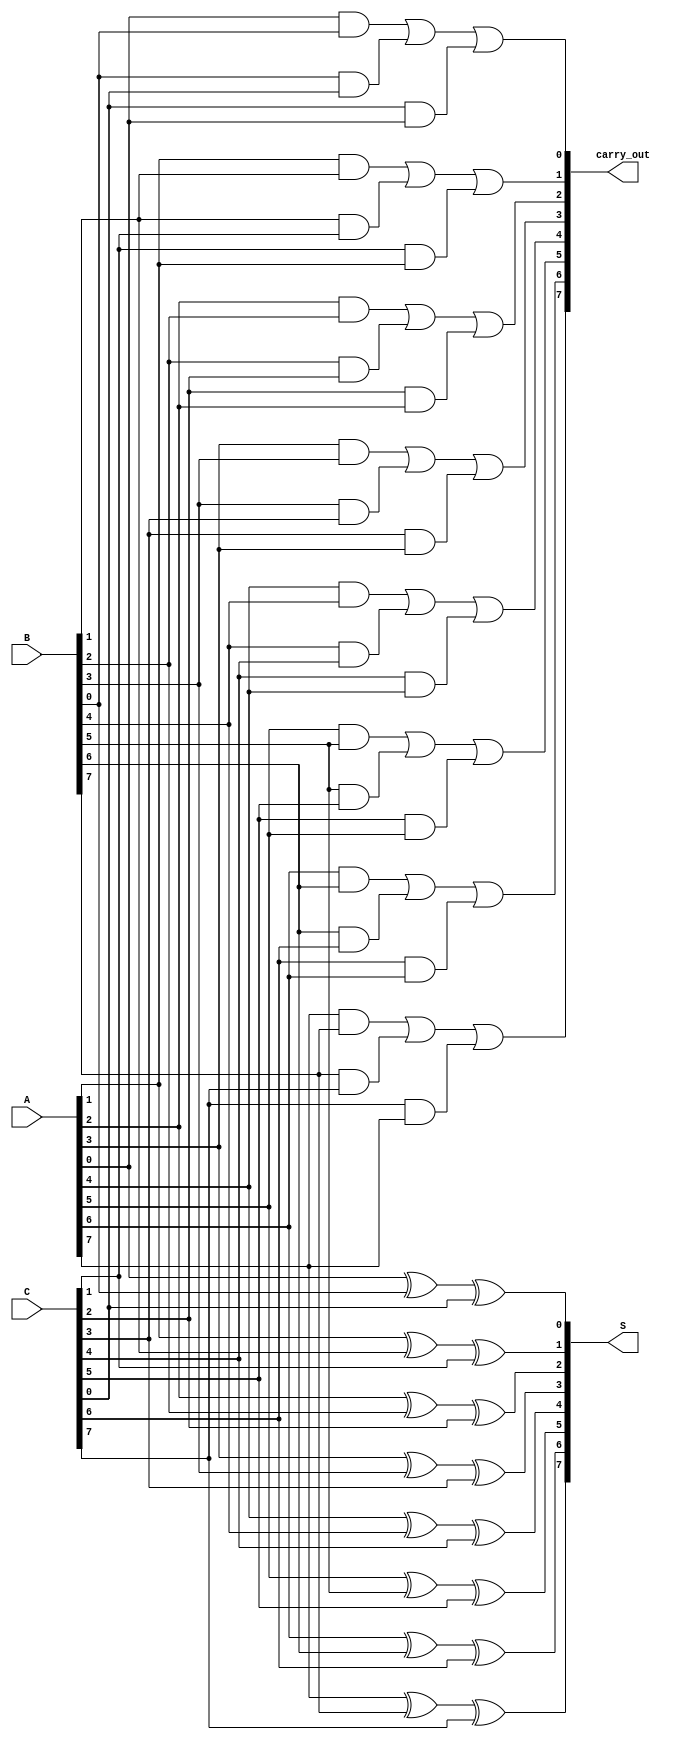
module ParallelCarrySaveAdder #(parameter n = 8) (
    input  wire [n-1:0] A,
    input  wire [n-1:0] B,
    input  wire [n-1:0] C,
    output wire [n-1:0] S,
    output wire [n-1:0] carry_out
);

    // Generate the sum and carry vectors
    generate
        genvar i;
        for (i = 0; i < n; i = i + 1) begin : CSA_logic
            assign S[i] = A[i] ^ B[i] ^ C[i];  // Sum calculation
            assign carry_out[i] = (A[i] & B[i]) | (B[i] & C[i]) | (C[i] & A[i]);  // Carry calculation
        end
    endgenerate
    
endmodule